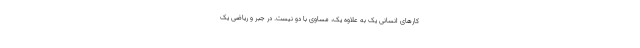
کارهای انسانی یک به علاوه یک، مساوی با دو نیست. در جبر و ریاضی یک